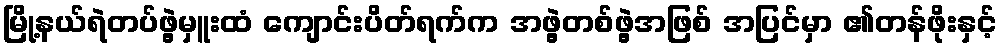
မြို့နယ်ရဲတပ်ဖွဲ့မှူးထံ ကျောင်းပိတ်ရက်က အဖွဲ့တစ်ဖွဲ့အဖြစ် အပြင်မှာ ၏တန်ဖိုးနှင့်